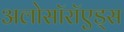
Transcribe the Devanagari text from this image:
अलोसॉरॉएड्स